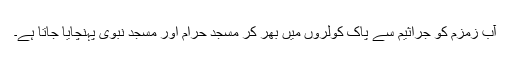
آب زمزم کو جراثیم سے پاک کولروں میں بھر کر مسجد حرام اور مسجد نبوی پہنچایا جاتا ہے۔